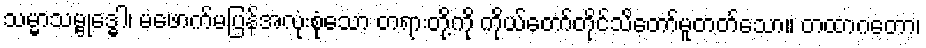
သမ္မာသမ္ဗုဒ္ဓေါ၊ မဖောက်မပြန်အလုံးစုံသော တရားတို့ကို ကိုယ်တော်တိုင်သိတော်မူတတ်သော။ တထာဂတော၊